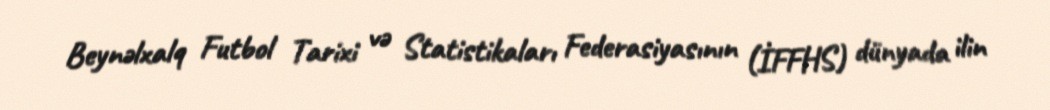
Beynəlxalq Futbol Tarixi və Statistikaları Federasiyasının (İFFHS) dünyada ilin